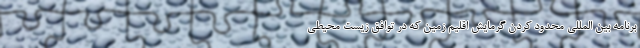
برنامه بین المللی محدود کردن گرمایش اقلیم زمین که در توافق زیست محیطی